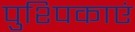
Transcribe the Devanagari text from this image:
पुश्पिकाएं